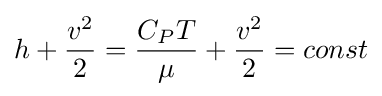
h+{\frac {v^{2}}{2}}={\frac {C_{P}T}{\mu }}+{\frac {v^{2}}{2}}=const